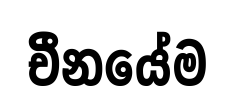
චීනයේම